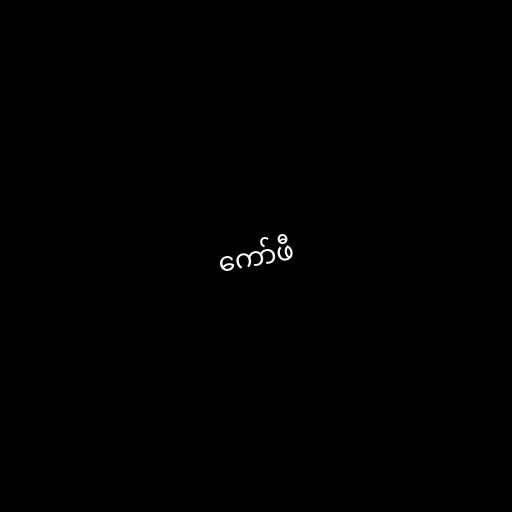
ကော်ဖီ